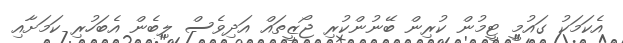
އެކަމަކު ގައުމީ ޓީމުން ކުރިން ބޭނުންކުރި ޖޯޒީތައް އަދިވެސް ލިބެން އެބަހުރި ކަމަށާއި